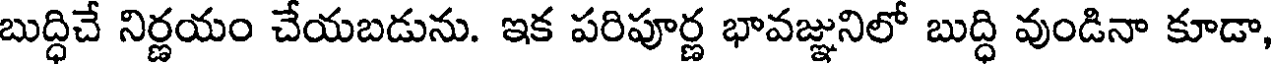
బుద్ధిచే నిర్ణయం చేయబడును. ఇక పరిపూర్ణ భావజ్ఞునిలో బుద్ధి వుండినా కూడా,